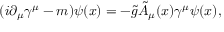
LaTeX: ( i \partial _ { \mu } \gamma ^ { \mu } - m ) \psi ( x ) = - \tilde { g } \tilde { A } _ { \mu } ( x ) \gamma ^ { \mu } \psi ( x ) ,